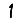
Digit: 1